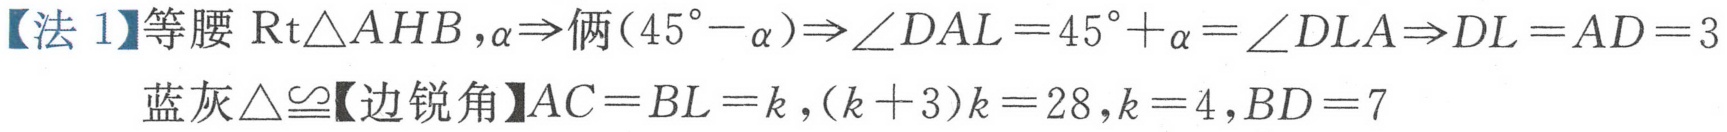
【法 1】等腰\(\text{Rt}\triangle AHB,\alpha\Rightarrow\)俩\((45^{\circ}-\alpha)\Rightarrow\angle DAL = 45^{\circ}+\alpha=\angle DLA\Rightarrow DL = AD = 3\)
蓝灰\(\triangle\cong\)【边锐角】\(AC = BL = k,(k + 3)k = 28,k = 4,BD = 7\)